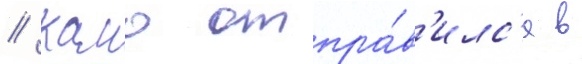
// Камо отпра́в'илс'я в